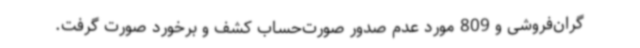
گران‌فروشی و 809 مورد عدم صدور صورت‌حساب کشف و برخورد صورت گرفت.